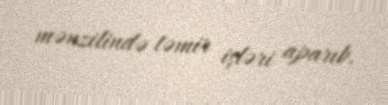
mənzilində təmir işləri aparıb.